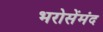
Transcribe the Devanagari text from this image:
भरोसेंमंद